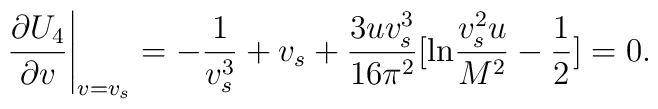
\left. \frac{\partial U_{4}}{\partial v}\right|_{v=v_{s}}= -\frac{1}{v_{s}^{3}}+v_{s}+\frac{3uv_{s}^{3}}{16\pi^{2}}[{\rm ln}\frac{v_{s}^{2}u}{M^{2}}-\frac{1}{2}]=0.